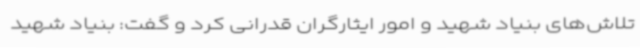
تلاش‌های بنیاد شهید و امور ایثارگران قدرانی کرد و گفت: بنیاد شهید